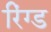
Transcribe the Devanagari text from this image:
रिंग्ड